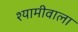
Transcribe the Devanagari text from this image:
श्यामीवाला